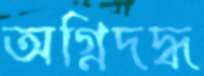
অগ্নিদদ্ধ